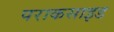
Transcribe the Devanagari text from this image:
पराकसाइड